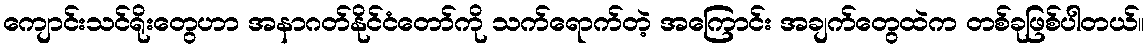
ကျောင်းသင်ရိုးတွေဟာ အနာဂတ်နိုင်ငံတော်ကို သက်ရောက်တဲ့ အကြောင်း အချက်တွေထဲက တစ်ခုဖြစ်ပါတယ်။